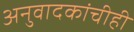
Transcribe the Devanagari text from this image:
अनुवादकांचीही